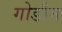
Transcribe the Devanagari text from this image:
गोडौन